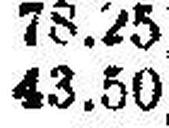
43.50